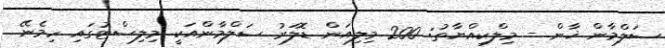
ސަލްމާން ޚާން - މިލްކިއްޔާތު: 200 މިލިއަން ޑޮލަރު ސަލްމާންއަކީ މިލިސްޓުގައި ހިމެނޭ